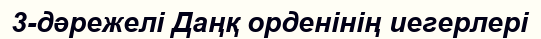
3-дәрежелі Даңқ орденінің иегерлері